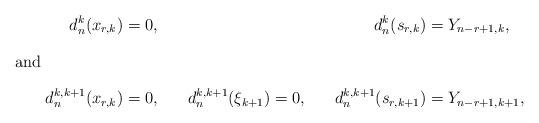
LaTeX: \begin{align*}d_{n}^k(x_{r,k}) &=0,& &&d_{n}^k(s_{r,k}) &= Y_{n-r+1,k}, \intertext{and} d_{n}^{k,k+1}(x_{r,k}) &=0,& d_{n}^{k,k+1}(\xi_{k+1}) &=0,& d_{n}^{k,k+1}(s_{r,k+1}) &= Y_{n-r+1,k+1}, \end{align*}